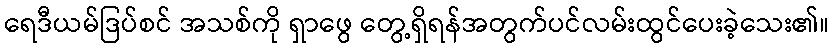
ရေဒီယမ်ဒြပ်စင် အသစ်ကို ရှာဖွေ တွေ့ရှိရန်အတွက်ပင်လမ်းထွင်ပေးခဲ့သေး၏။